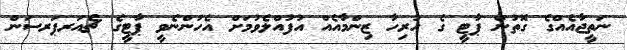
ނަތީޖާއެއްގެ ގޮތުން ޕާޓީ ގެ ހުރިހާ ޒިންމާއެއް އުފުއްލެވުމަށް އެހުންނެވީ ޕާޓީގެ ޗެއަރޕަރސަން